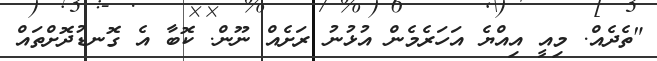
"ތެދެއް. މިއީ އިއްޔެ އަހަރެމެން އުޅުނު ރަށެއް ނޫން. ކޮބާ އެ ގޮނޑުދޮށްތައް